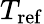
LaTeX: T_{\mathrm{ref}}